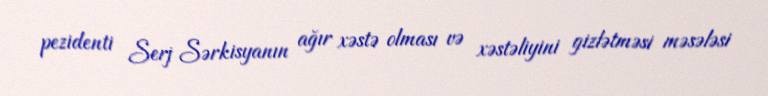
pezidenti Serj Sərkisyanın ağır xəstə olması və xəstəliyini gizlətməsi məsələsi